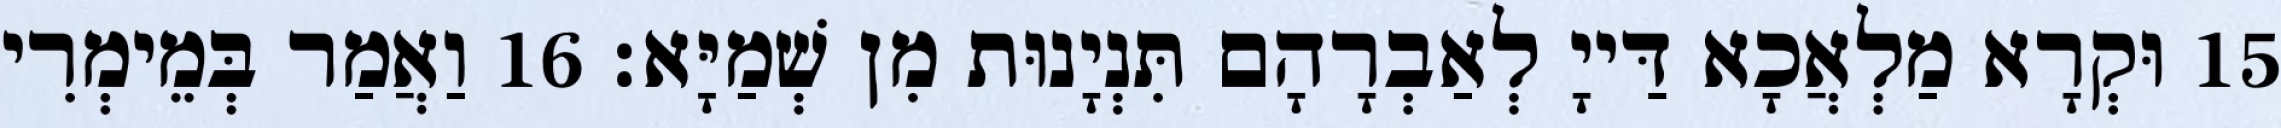
15 וּקְרָא מַלְאֲכָא דַּייָ לְאַבְרָהָם תִּנְיָנוּת מִן שְׁמַיָּא׃ 16 וַאֲמַר בְּמֵימְרִי